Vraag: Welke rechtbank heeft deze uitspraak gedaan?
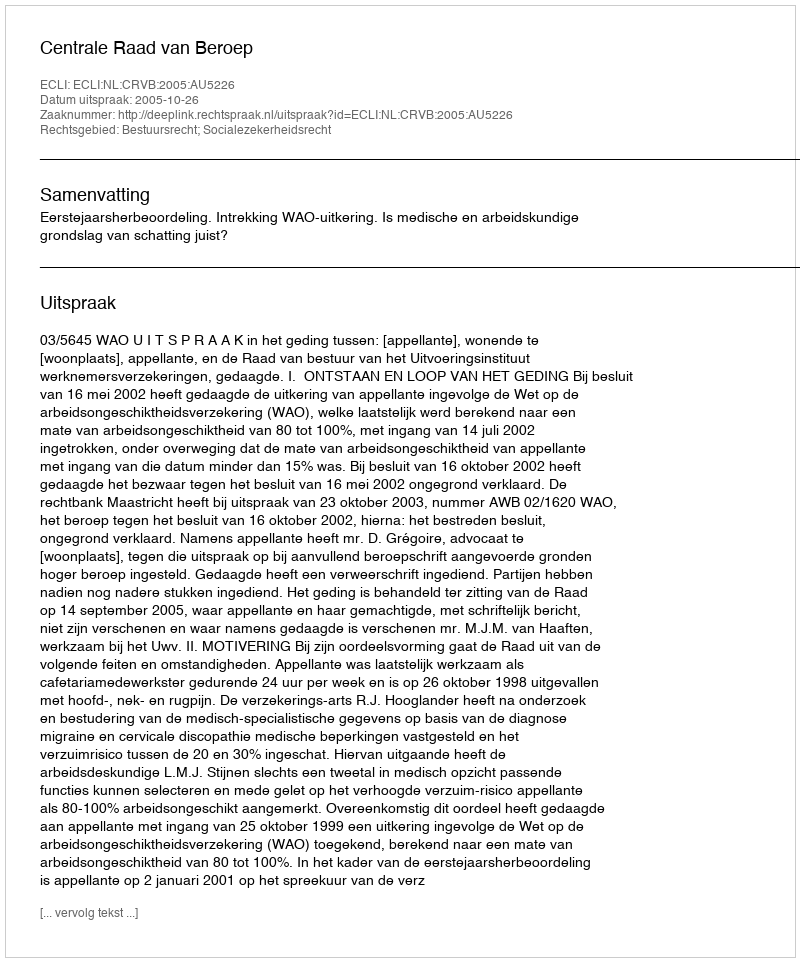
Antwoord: Centrale Raad van Beroep